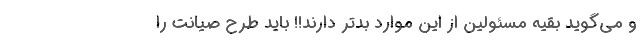
و می‌گوید بقیه مسئولین از این موارد بدتر دارند!! باید طرح صیانت را